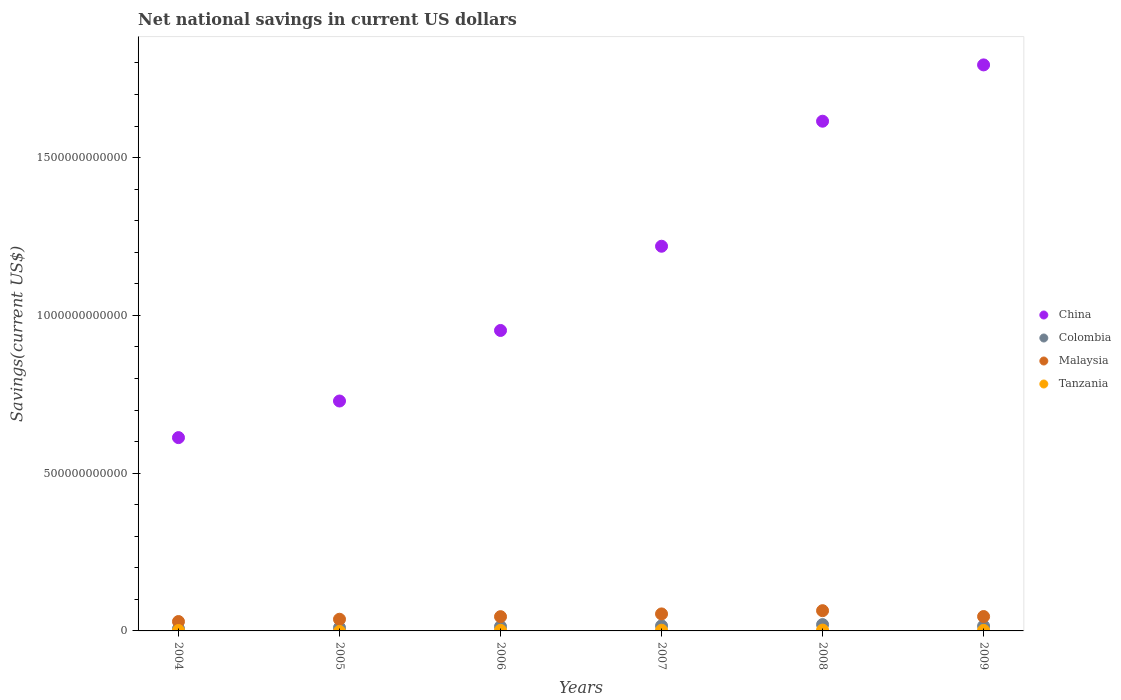
| Years | China | Colombia | Malaysia | Tanzania |
 | --- | --- | --- | --- | --- |
 | 2004 | 6.13e+11 | 7e+09 | 2.97e+10 | 1.3e+09 |
 | 2005 | 7.29e+11 | 1.02e+10 | 3.7e+10 | -1.56e+09 |
 | 2006 | 9.52e+11 | 1.39e+10 | 4.52e+10 | 1.87e+09 |
 | 2007 | 1.22e+12 | 1.61e+10 | 5.39e+10 | 2.19e+09 |
 | 2008 | 1.62e+12 | 2e+10 | 6.41e+10 | 2.64e+09 |
 | 2009 | 1.79e+12 | 1.53e+10 | 4.56e+10 | 1.76e+09 |